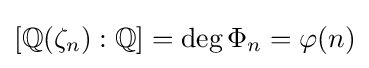
[\mathbb {Q} (\zeta _{n}):\mathbb {Q} ]=\deg \Phi _{n}=\varphi (n)